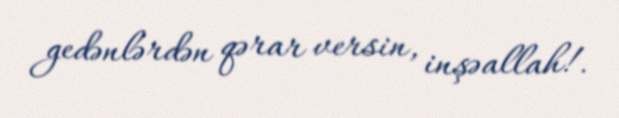
gedənlərdən qərar versin, inşəallah!.